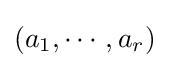
(a_{1},\cdots ,a_{r})